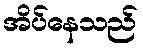
အိပ်နေသည်